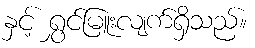
နှင့် ရွှင်မြူးလျက်ရှိသည်။